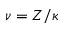
\nu = Z / \kappa